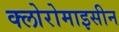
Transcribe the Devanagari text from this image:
क्लोरोमाइसीन